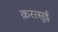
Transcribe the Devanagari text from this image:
क़रत्सुई